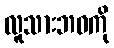
လူသားဘဝကို